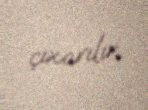
çıxarılır.